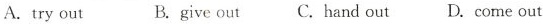
A.try out B.give out C.Hand out D.come out